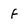
Character: f